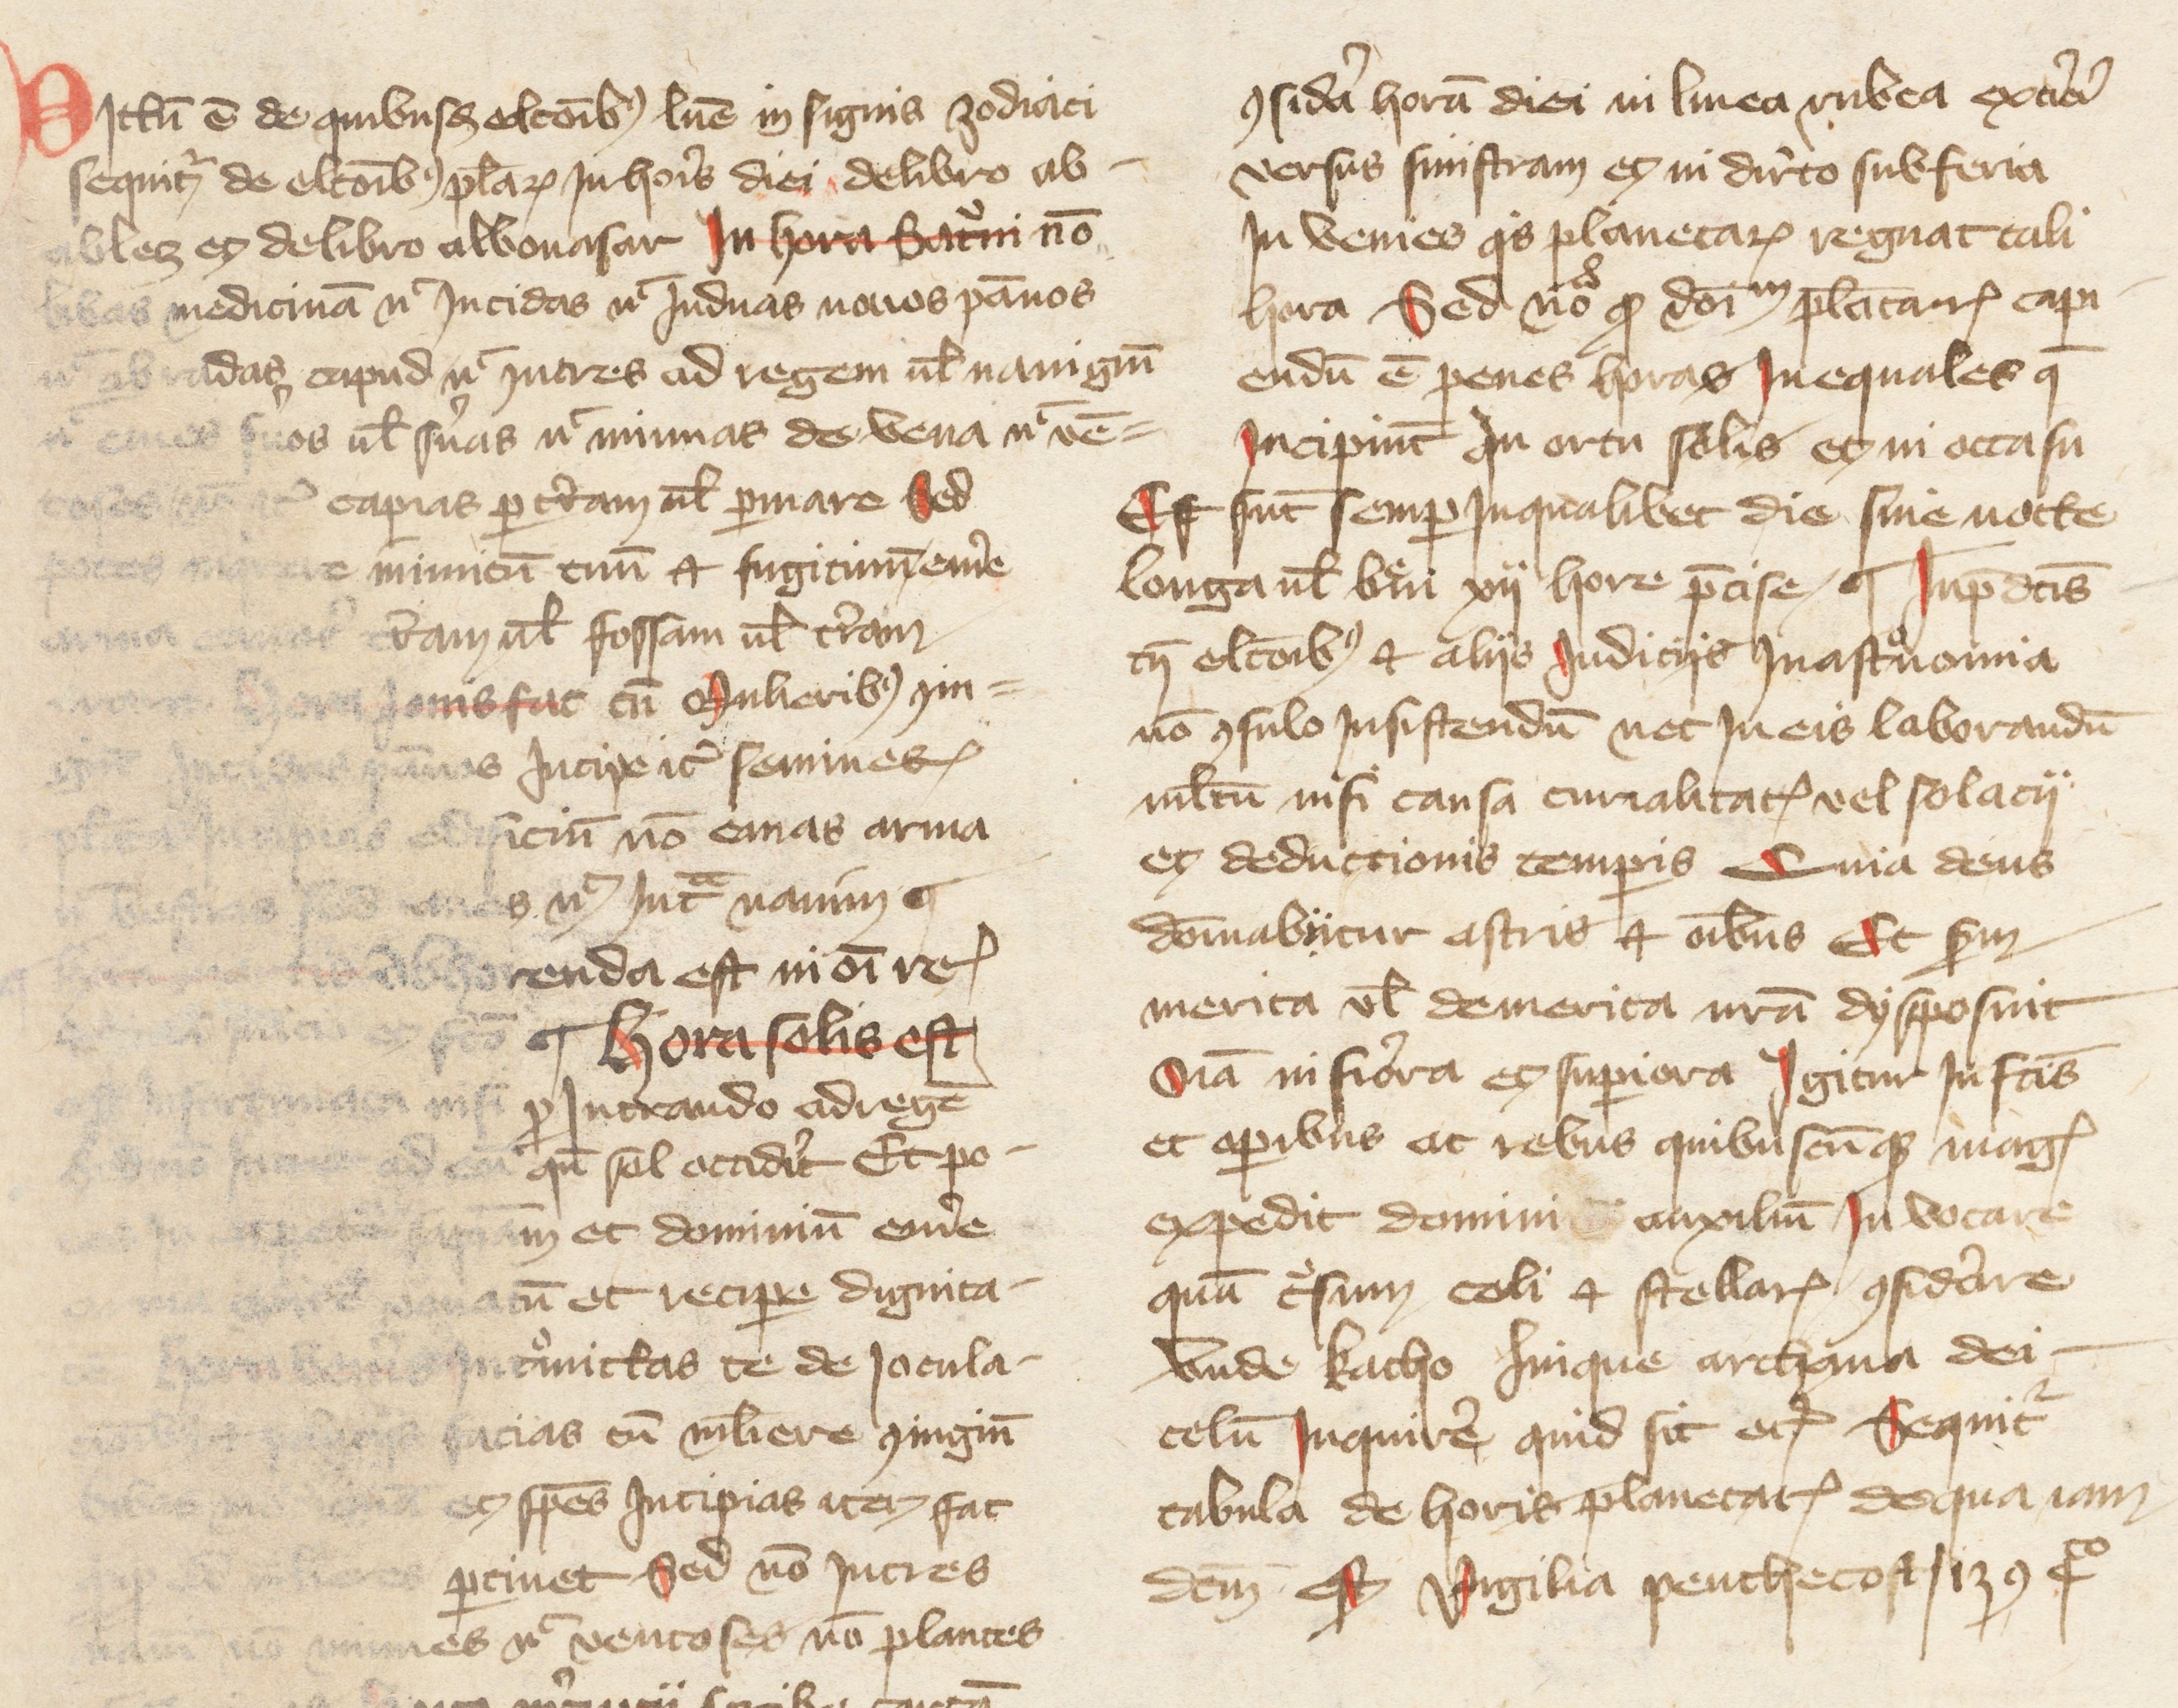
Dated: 1388–1394